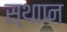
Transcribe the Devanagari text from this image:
स्थाान